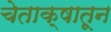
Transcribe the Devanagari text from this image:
चेताक्षातून